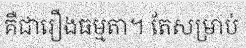
គឺជារឿងធម្មតា។ តែសម្រាប់